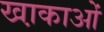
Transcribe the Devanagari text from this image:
खा़काओं